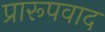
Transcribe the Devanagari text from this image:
प्रारूपवाद